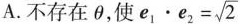
A.不存在\theta，使 $$e_{1}\cdot e_{2}= \sqrt{2}$$